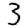
Digit: 3